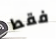
فقط